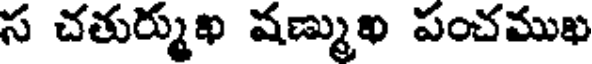
స చతుర్ముఖ షణ్ముఖ పంచముఖ